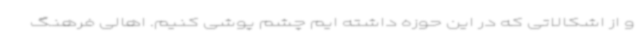
و از اشکالاتی که در این حوزه داشته ایم چشم پوشی کنیم. اهالی فرهنگ